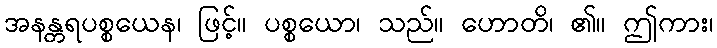
အနန္တရပစ္စယေန၊ ဖြင့်။ ပစ္စယော၊ သည်။ ဟောတိ၊ ၏။ ဤကား၊